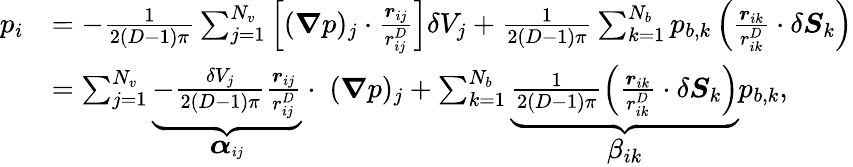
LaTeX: \begin{array}{rl}{p_{i}}&{=-\frac 1{2(D-1)\pi}\sum_{j=1}^{N_{v}}\left[(\boldsymbol{\nabla}p)_{j}\cdot\frac{\boldsymbol{r}_{ij}}{r_{ij}^{D}}\right]\delta V_{j}+\frac 1{2(D-1)\pi}\sum_{k=1}^{N_{b}}p_{b,k}\left(\frac{\boldsymbol{r}_{ik}}{r_{ik}^{D}}\cdot\delta\boldsymbol{S}_{k}\right)}\\ &{=\sum_{j=1}^{N_{v}}\underbrace{-\frac{\delta V_{j}}{2(D-1)\pi}\frac{\boldsymbol{r}_{ij}}{r_{ij}^{D}}}_{\boldsymbol{\displaystyle\alpha}_{ij}}\cdot\; (\boldsymbol{\nabla}p)_{j}+\sum_{k=1}^{N_{b}}\underbrace{\frac 1{2(D-1)\pi}\left(\frac{\boldsymbol{r}_{ik}}{r_{ik}^{D}}\cdot\delta\boldsymbol{S}_{k}\right)}_{\displaystyle\beta_{ik}}p_{b,k},}\end{array}